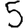
Digit: 5